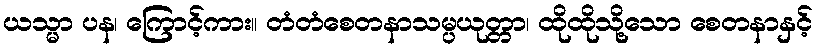
ယသ္မာ ပန၊ ကြောင့်ကား။ တံတံစေတနာသမ္ပယုတ္တာ၊ ထိုထိုသို့သော စေတနာနှင့်